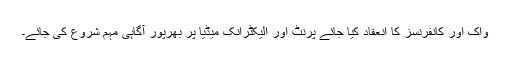
واک اور کانفرنسز کا انعقاد کیا جائے پرنٹ اور الیکٹرانک میڈیا پر بھرپور آگاہی مہم شروع کی جائے۔